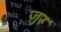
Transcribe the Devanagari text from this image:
ज़ुर